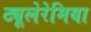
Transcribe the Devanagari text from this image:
ट्यूलेरेमिया